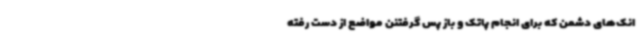
انک‌های دشمن که برای انجام پاتک و باز پس گرفتنن مواضع از دست رفته